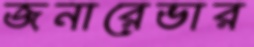
জনারেভার